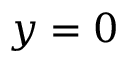
y = 0